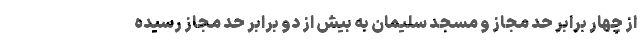
از چهار برابر حد مجاز و مسجد سلیمان به بیش از دو برابر حد مجاز رسیده